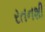
રતનશી